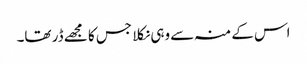
اس کے منہ سے وہی نکلا جس کا مجھے ڈر تھا۔